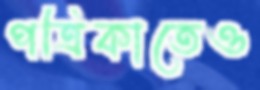
পত্রিকাতেও